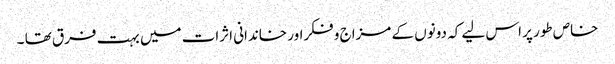
خاص طور پر اس لیے کہ دونوں کے مزاج و فکراور خاندانی اثرات میں بہت فرق تھا ۔